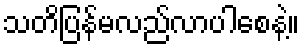
သတိပြန်မလည်လာပါစေနဲ့။